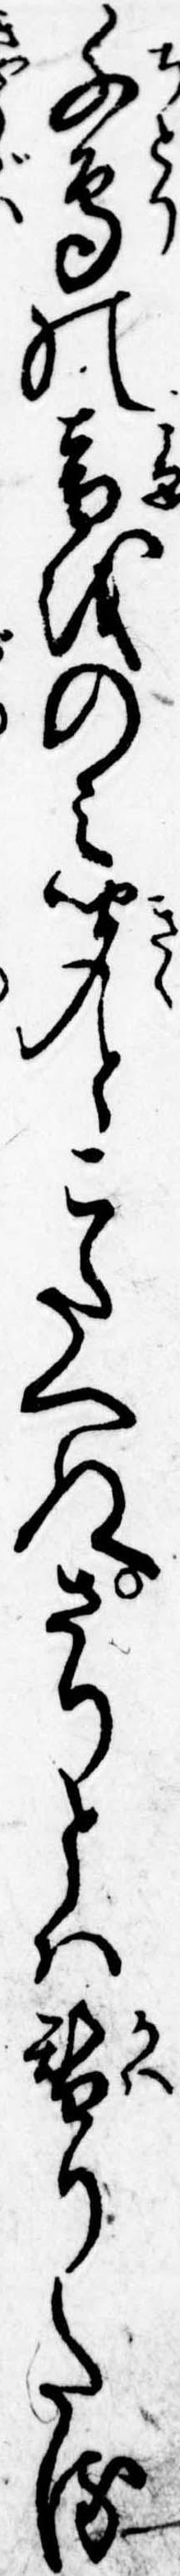
千鳥の音をのみ聞とこたへぬさりとは替りたる